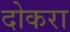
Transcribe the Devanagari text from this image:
दोकरा